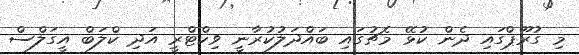
މި ގުރޫޕްގައި ދެން ކުޅޭ މެޗުގައި ބައްދަލުކުރާނީ ވިކްޓްރީ އަދި ކްލަބް އީގަލްސް